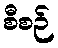
စီစဉ်